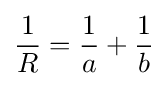
{\frac {1}{R}}={\frac {1}{a}}+{\frac {1}{b}}